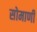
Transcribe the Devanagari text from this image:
सोमाणी